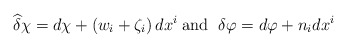
\begin{align*}\widehat{\delta } \chi=d \chi +\left( w_{i}+\zeta _{i}\right) dx^{i} \;\mbox{and } \; \delta \varphi =d \varphi +n_{i}dx^{i} \end{align*}